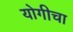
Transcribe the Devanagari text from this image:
योगीचा